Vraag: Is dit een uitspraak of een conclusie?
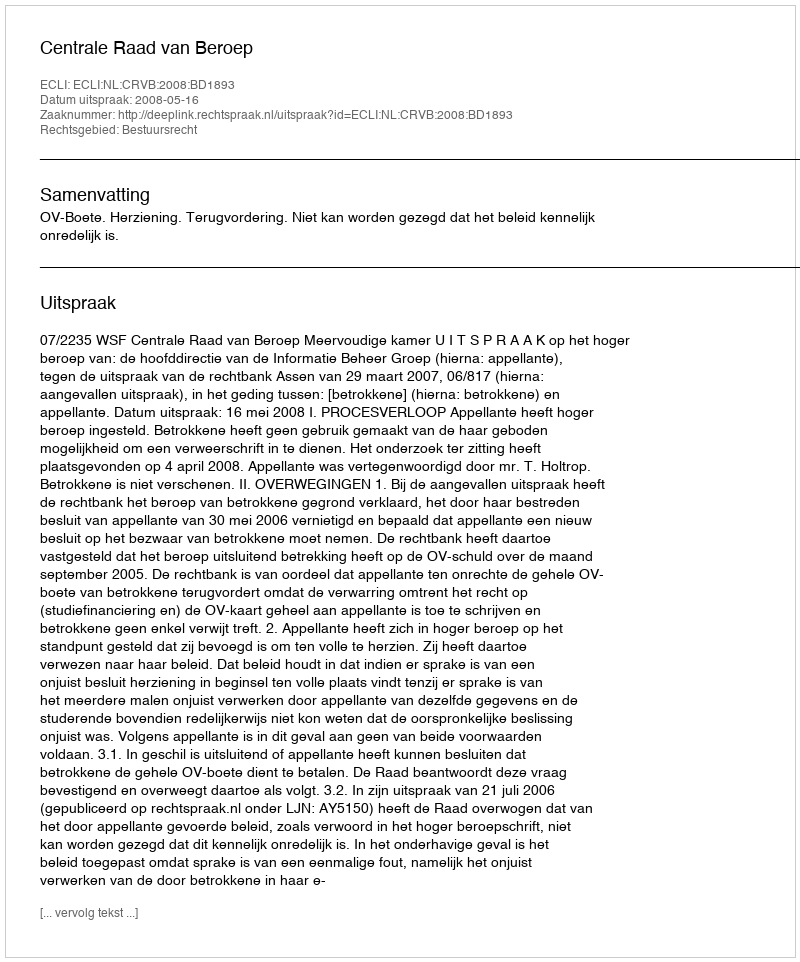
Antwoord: Uitspraak